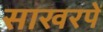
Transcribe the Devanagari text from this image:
साखरपें